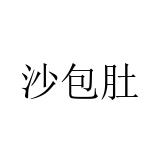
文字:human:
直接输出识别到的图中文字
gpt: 沙包肚